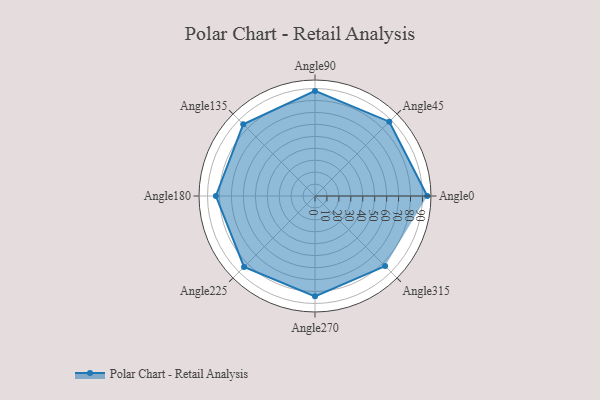
{"axis": {"x": "Angle", "y": "Radius"}, "legend": [""], "data": [{"x": "Angle0", "y": 94.0, "type": ""}, {"x": "Angle45", "y": 88.0, "type": ""}, {"x": "Angle90", "y": 88.0, "type": ""}, {"x": "Angle135", "y": 85.0, "type": ""}, {"x": "Angle180", "y": 83.0, "type": ""}, {"x": "Angle225", "y": 84.0, "type": ""}, {"x": "Angle270", "y": 84.0, "type": ""}, {"x": "Angle315", "y": 83.0, "type": ""}]}